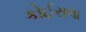
કોઈરાલા